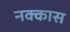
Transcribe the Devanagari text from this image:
नक्कास